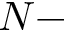
N -